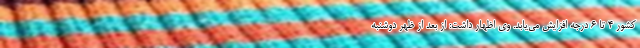
کشور ۴ تا ۶ درجه افزایش می‌یابد. وی اظهار داشت: از بعد از ظهر دوشنبه